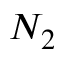
N _ { 2 }